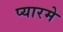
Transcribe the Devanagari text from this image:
प्यारमे